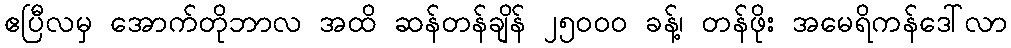
ဧပြီလမှ အောက်တိုဘာလ အထိ ဆန်တန်ချိန် ၂၅၀၀၀ ခန့်၊ တန်ဖိုး အမေရိကန်ဒေါ်လာ